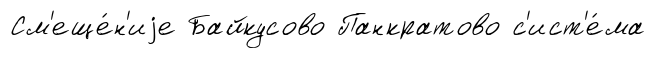
См'еще́н'иjе Байкусово Панкратово с'ист'е́ма